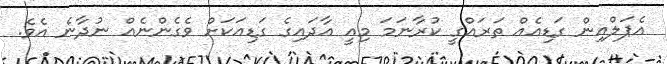
އެޕަލްއިން ގަޑިއެއް ތަރައްގީ ކުރާނަމަ މިއީ އާދައިގެ ގަޑިއަކަށް ވެގެންނެއް ނުދާނެ އެވެ.